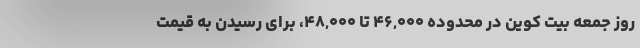
روز جمعه بیت کوین در محدوده ۴۶,۰۰۰ تا ۴۸,۰۰۰، برای رسیدن به قیمت